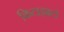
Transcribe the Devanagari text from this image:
किटाझाटो